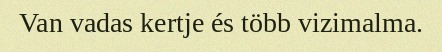
Van vadas kertje és több vizimalma.